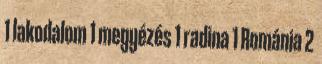
1 lakodalom 1 megyézés 1 radina 1 Románia 2